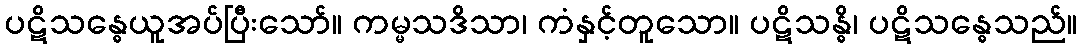
ပဋိသန္ဓေယူအပ်ပြီးသော်။ ကမ္မသဒိသာ၊ ကံနှင့်တူသော။ ပဋိသန္ဓိ၊ ပဋိသန္ဓေသည်။